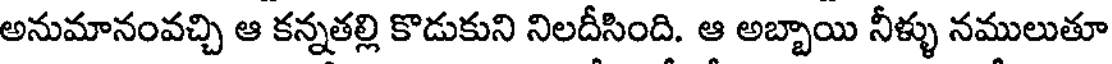
అనుమానంవచ్చి ఆ కన్నతల్లి కొడుకుని నిలదీసింది. ఆ అబ్బాయి నీళ్ళు నములుతూ